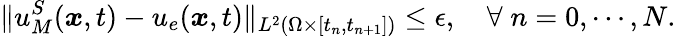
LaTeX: \| u_{M}^{S}(\boldsymbol{x},t)-u_{e}(\boldsymbol{x},t)\| _{L^{2}(\Omega\times[t_{n},t_{n+1}])}\leq\epsilon,\quad\forall\; n=0,\cdots,N.